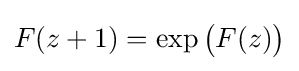
F(z+1)=\exp {\bigl (}F(z){\bigr )}